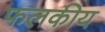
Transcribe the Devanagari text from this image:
फलकीय